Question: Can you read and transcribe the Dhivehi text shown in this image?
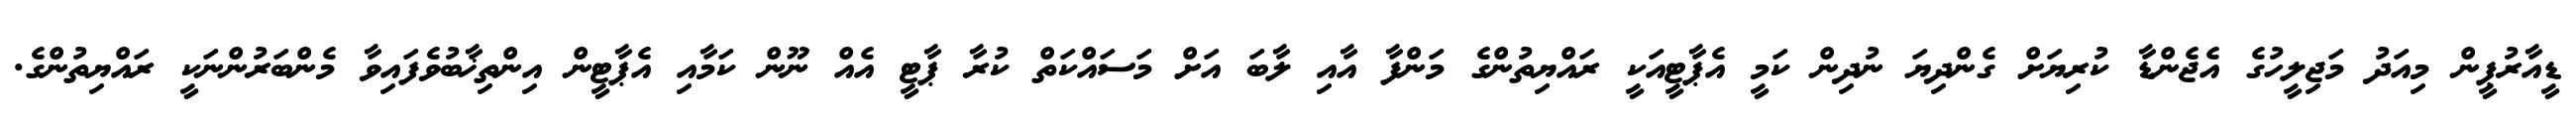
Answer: ޑީއާރުޕީން މިއަދު މަޖިލީހުގެ އެޖެންޑާ ކުރިޔަށް ގެންދިޔަ ނުދިން ކަމީ އެޕާޓީއަކީ ރައްޔިތުންގެ މަންފާ އާއި ލާބަ އަށް މަސައްކަތް ކުރާ ޕާޓީ އެއް ނޫން ކަމާއި އެޕާޓީން އިންތިޚާބުވެފައިވާ މެންބަރުންނަކީ ރައްޔިތުންގެ.